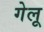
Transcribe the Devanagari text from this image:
गेलू